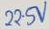
Text: 22SV